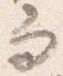
而